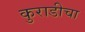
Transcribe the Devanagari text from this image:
कुराडीचा